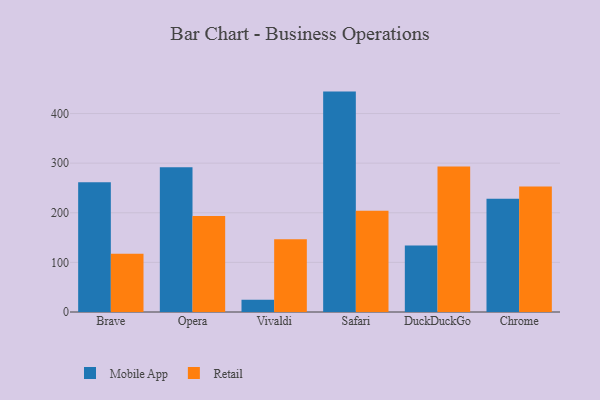
{"axis": {"x": "Browser", "y": "Budget (USD K)"}, "legend": ["Mobile App", "Retail"], "data": [{"x": "Brave", "y": 261.7, "type": "Mobile App"}, {"x": "Brave", "y": 117.2, "type": "Retail"}, {"x": "Opera", "y": 291.5, "type": "Mobile App"}, {"x": "Opera", "y": 193.7, "type": "Retail"}, {"x": "Vivaldi", "y": 24.9, "type": "Mobile App"}, {"x": "Vivaldi", "y": 146.8, "type": "Retail"}, {"x": "Safari", "y": 444.2, "type": "Mobile App"}, {"x": "Safari", "y": 204.3, "type": "Retail"}, {"x": "DuckDuckGo", "y": 134.2, "type": "Mobile App"}, {"x": "DuckDuckGo", "y": 293.2, "type": "Retail"}, {"x": "Chrome", "y": 228.2, "type": "Mobile App"}, {"x": "Chrome", "y": 252.9, "type": "Retail"}]}